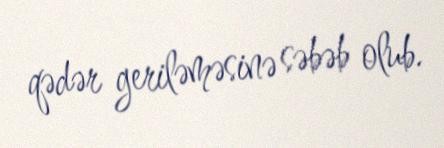
qədər geriləməsinə səbəb olub.